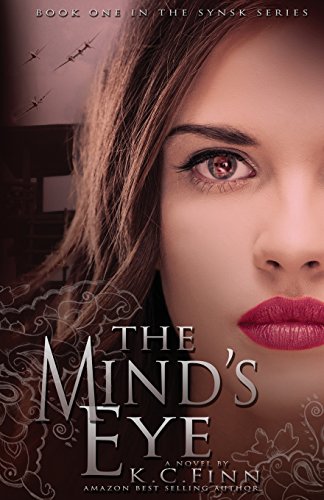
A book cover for The Mind's Eye (SYNSK); K.C. Finn; Teen & Young Adult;